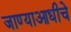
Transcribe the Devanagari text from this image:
जाण्याआधीचे